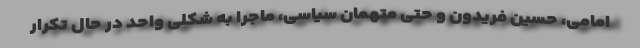
امامی، حسین فریدون و حتی متهمان سیاسی، ماجرا به شکلی واحد در حال تکرار